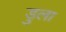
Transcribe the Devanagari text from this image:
डुला